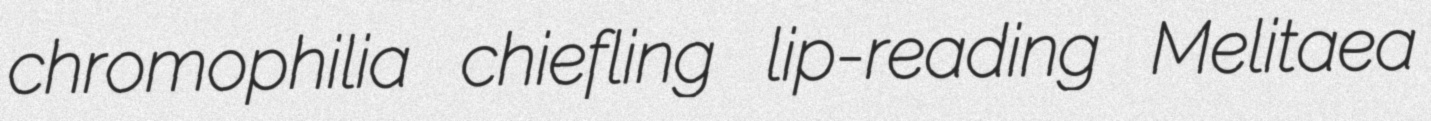
chromophilia chiefling lip-reading Melitaea